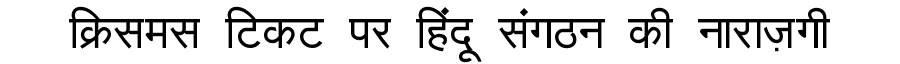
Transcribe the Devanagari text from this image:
क्रिसमस टिकट पर हिंदू संगठन की नाराज़गी